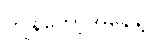
ကျွန်တော့်အနေနဲ့